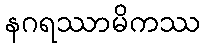
နဂရဿာမိကဿ